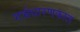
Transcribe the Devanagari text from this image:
गर्भधारणकाल